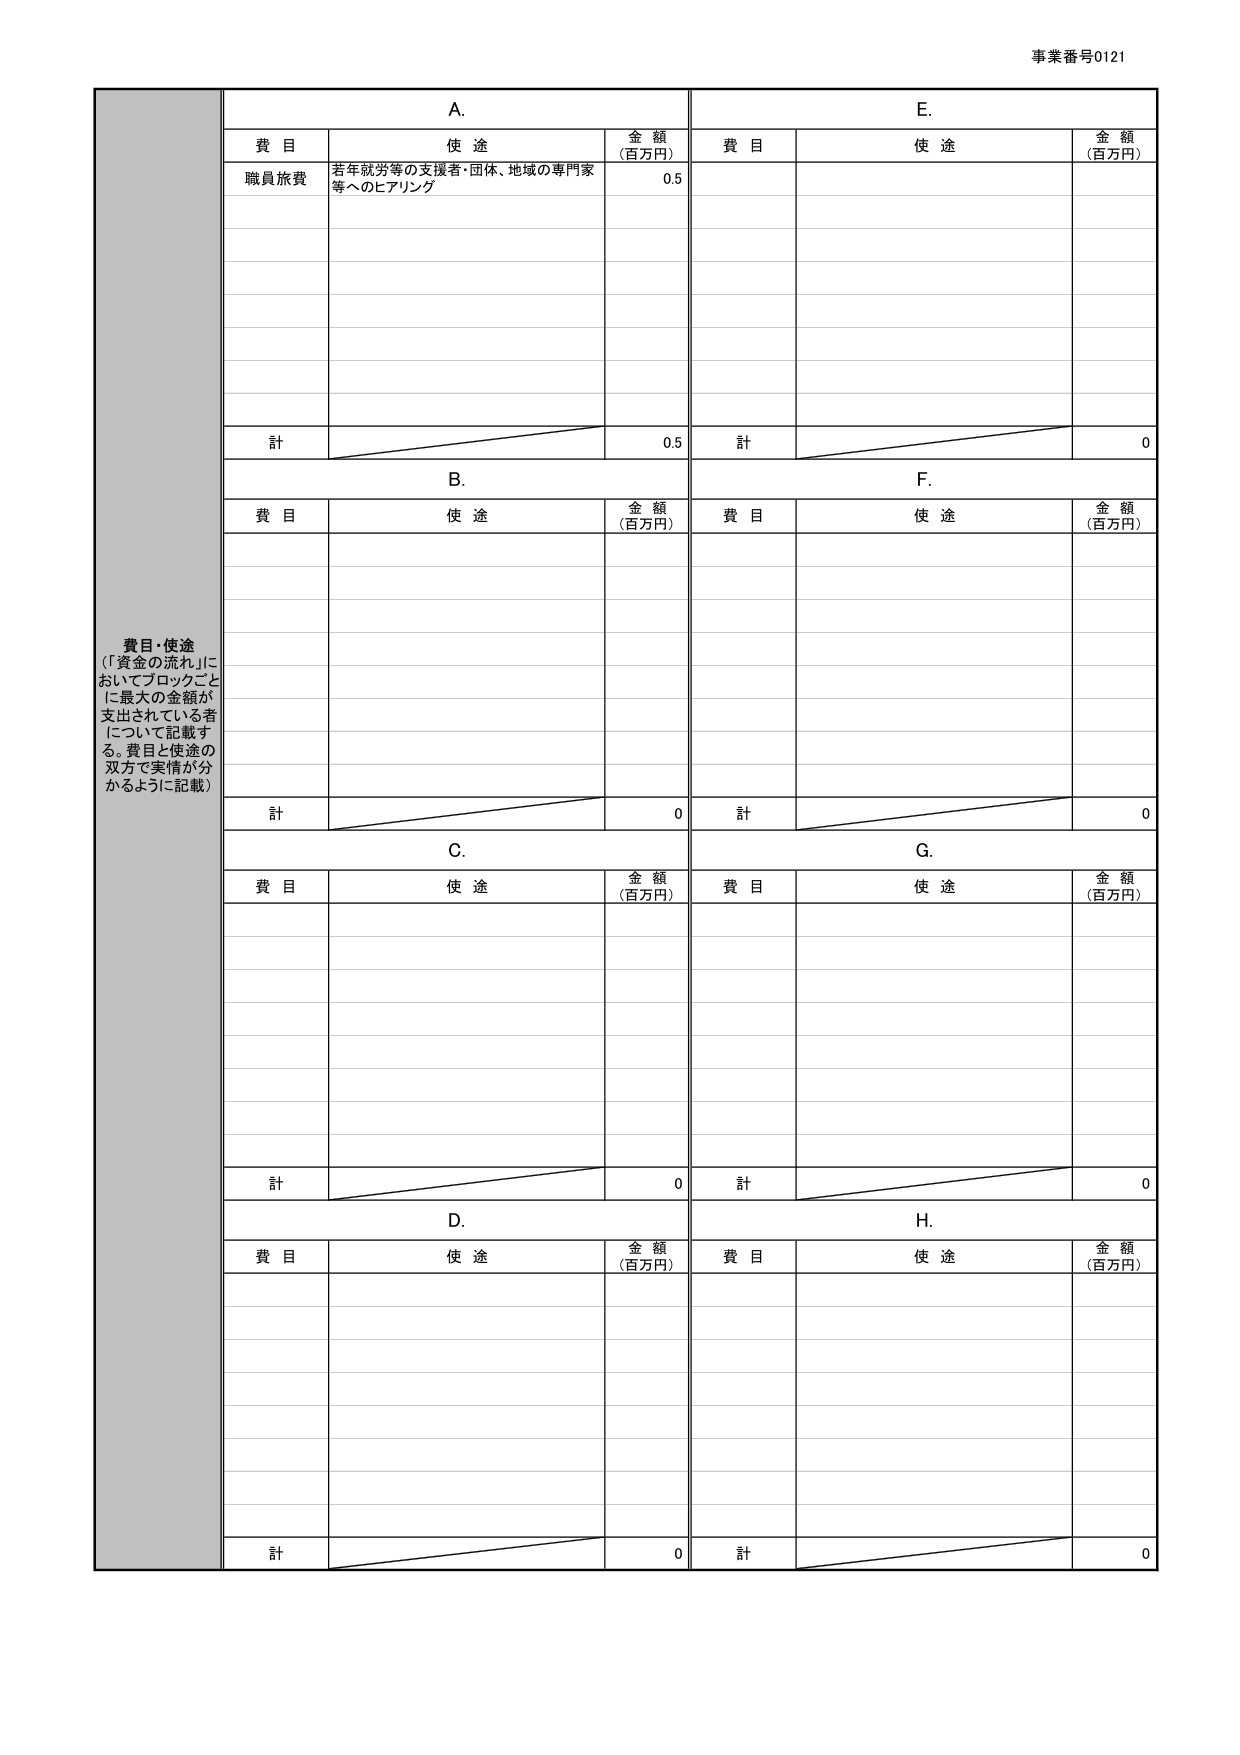
事業番号0121

費目・使途
（「資金の流れ」においてブロックごとに最大の金額が支出されている者について記載する。費目と使途の双方で実情が分かるように記載）

A.
費目　　　　　　　　　　使途　　　　　　　　　　金額（百万円）
職員旅費　　　　　　若年就労等の支援者・団体、地域の専門家等へのヒアリング　　　　0.5
計　　　　　　　　　　　　　　　　　　　　　　　　　　　　　　　　　　　　　　0.5

B.
費目　　　　　　　　　　使途　　　　　　　　　　金額（百万円）
計　　　　　　　　　　　　　　　　　　　　　　　　　　　　　　　　　　　　　　0

C.
費目　　　　　　　　　　使途　　　　　　　　　　金額（百万円）
計　　　　　　　　　　　　　　　　　　　　　　　　　　　　　　　　　　　　　　0

D.
費目　　　　　　　　　　使途　　　　　　　　　　金額（百万円）
計　　　　　　　　　　　　　　　　　　　　　　　　　　　　　　　　　　　　　　0

E.
費目　　　　　　　　　　使途　　　　　　　　　　金額（百万円）
計　　　　　　　　　　　　　　　　　　　　　　　　　　　　　　　　　　　　　　0

F.
費目　　　　　　　　　　使途　　　　　　　　　　金額（百万円）
計　　　　　　　　　　　　　　　　　　　　　　　　　　　　　　　　　　　　　　0

G.
費目　　　　　　　　　　使途　　　　　　　　　　金額（百万円）
計　　　　　　　　　　　　　　　　　　　　　　　　　　　　　　　　　　　　　　0

H.
費目　　　　　　　　　　使途　　　　　　　　　　金額（百万円）
計　　　　　　　　　　　　　　　　　　　　　　　　　　　　　　　　　　　　　　0